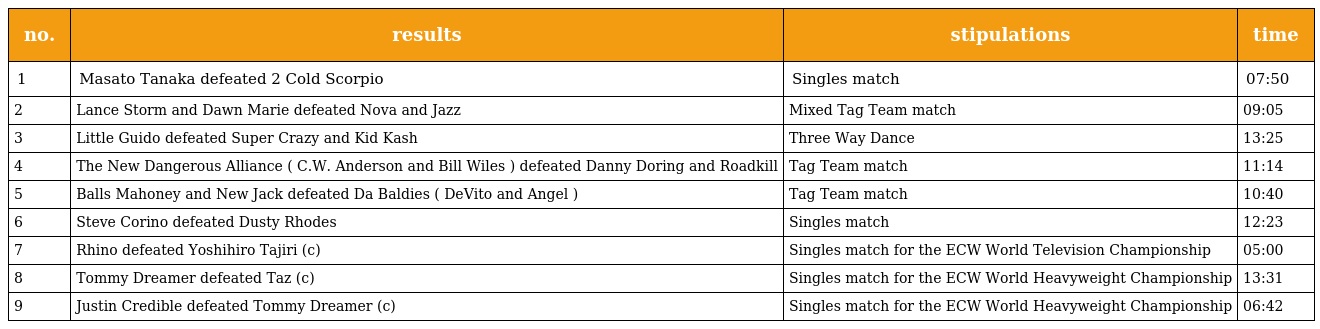
| no. | results | stipulations | time |
 | --- | --- | --- | --- |
 | 1 | Masato Tanaka defeated 2 Cold Scorpio | Singles match | 07:50 |
 | 2 | Lance Storm and Dawn Marie defeated Nova and Jazz | Mixed Tag Team match | 09:05 |
 | 3 | Little Guido defeated Super Crazy and Kid Kash | Three Way Dance | 13:25 |
 | 4 | The New Dangerous Alliance ( C.W. Anderson and Bill Wiles ) defeated Danny Doring and Roadkill | Tag Team match | 11:14 |
 | 5 | Balls Mahoney and New Jack defeated Da Baldies ( DeVito and Angel ) | Tag Team match | 10:40 |
 | 6 | Steve Corino defeated Dusty Rhodes | Singles match | 12:23 |
 | 7 | Rhino defeated Yoshihiro Tajiri (c) | Singles match for the ECW World Television Championship | 05:00 |
 | 8 | Tommy Dreamer defeated Taz (c) | Singles match for the ECW World Heavyweight Championship | 13:31 |
 | 9 | Justin Credible defeated Tommy Dreamer (c) | Singles match for the ECW World Heavyweight Championship | 06:42 |